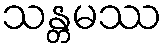
သန္တမဿ